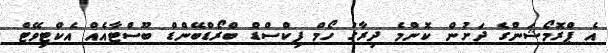
އެ ޕްރޮމޯޝަންގެ ދަށުން ކޮންމެ ދިރާގު ހޯމް ފިކްސްޑް ބްރޯޑްބޭންޑް ބޫސްޓާއެއް އެކްޓިވޭޓް